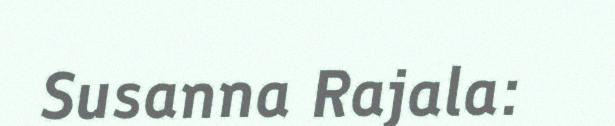
Susanna Rajala: